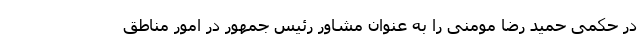
در حکمی حمید رضا مومنی را به عنوان مشاور رئیس جمهور در امور مناطق